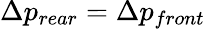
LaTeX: \Delta p_{rear}=\Delta p_{front}